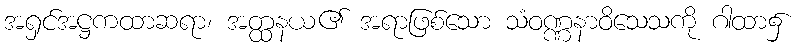
အရှင်အဋ္ဌကထာဆရာ၊ အတ္ထနယ၏ အရာဖြစ်သော သံဝဏ္ဏနာဝိသေသကို ဂါထာ၌